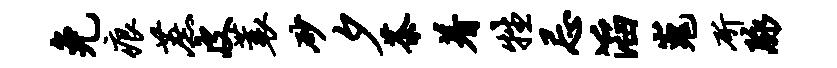
免痕蔗皮蓑砂夕茶着牲忌滔嵬斫脉